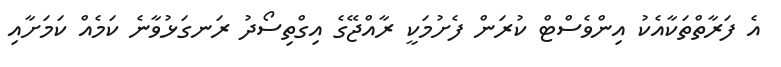
އެ ފަރާތްތަކާއެކު އިންވެސްޓް ކުރަން ފެށުމަކީ ރާއްޖޭގެ އިގްތިސޯދު ރަނގަޅުވާނެ ކަމެއް ކަމަށާއި